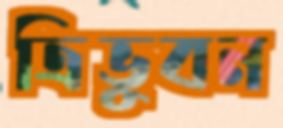
ত্রিভুবন